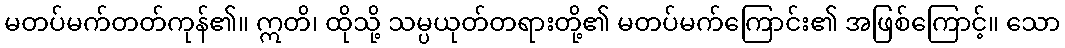
မတပ်မက်တတ်ကုန်၏။ ဣတိ၊ ထိုသို့ သမ္ပယုတ်တရားတို့၏ မတပ်မက်ကြောင်း၏ အဖြစ်ကြောင့်။ သော